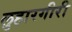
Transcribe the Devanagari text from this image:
लुहारगीरी